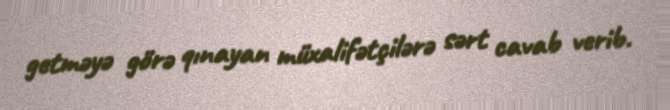
getməyə görə qınayan müxalifətçilərə sərt cavab verib.